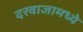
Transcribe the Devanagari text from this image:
दरवाजामध्ये